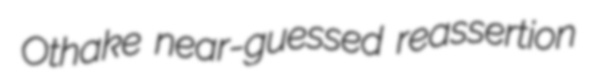
Othake near-guessed reassertion